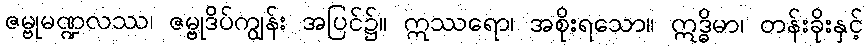
ဇမ္ဗုမဏ္ဍလဿ၊ ဇမ္ဗုဒိပ်ကျွန်း အပြင်၌။ ဣဿရော၊ အစိုးရသော။ ဣဒ္ဓိမာ၊ တန်းခိုးနှင့်